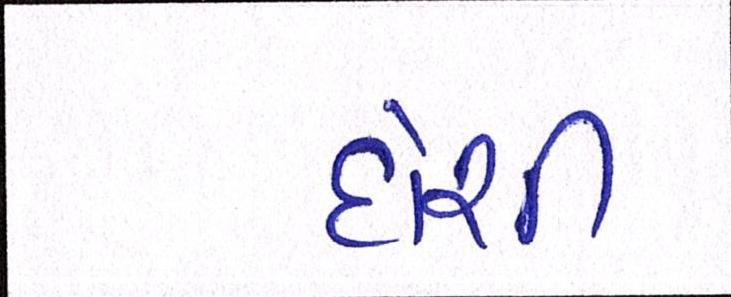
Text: દોશી